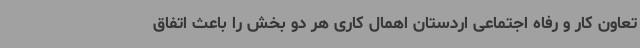
تعاون کار و رفاه اجتماعی اردستان اهمال کاری هر دو بخش را باعث اتفاق